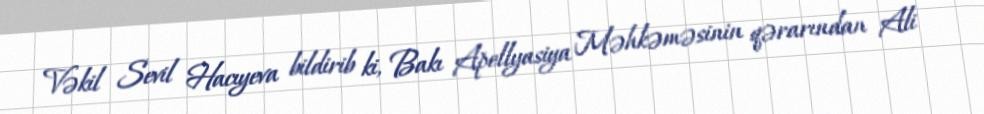
Vəkil Sevil Hacıyeva bildirib ki, Bakı Apellyasiya Məhkəməsinin qərarından Ali